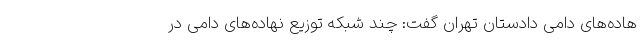
هاده‌های دامی دادستان تهران گفت: چند شبکه توزیع نهاده‌های دامی در